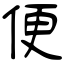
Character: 便